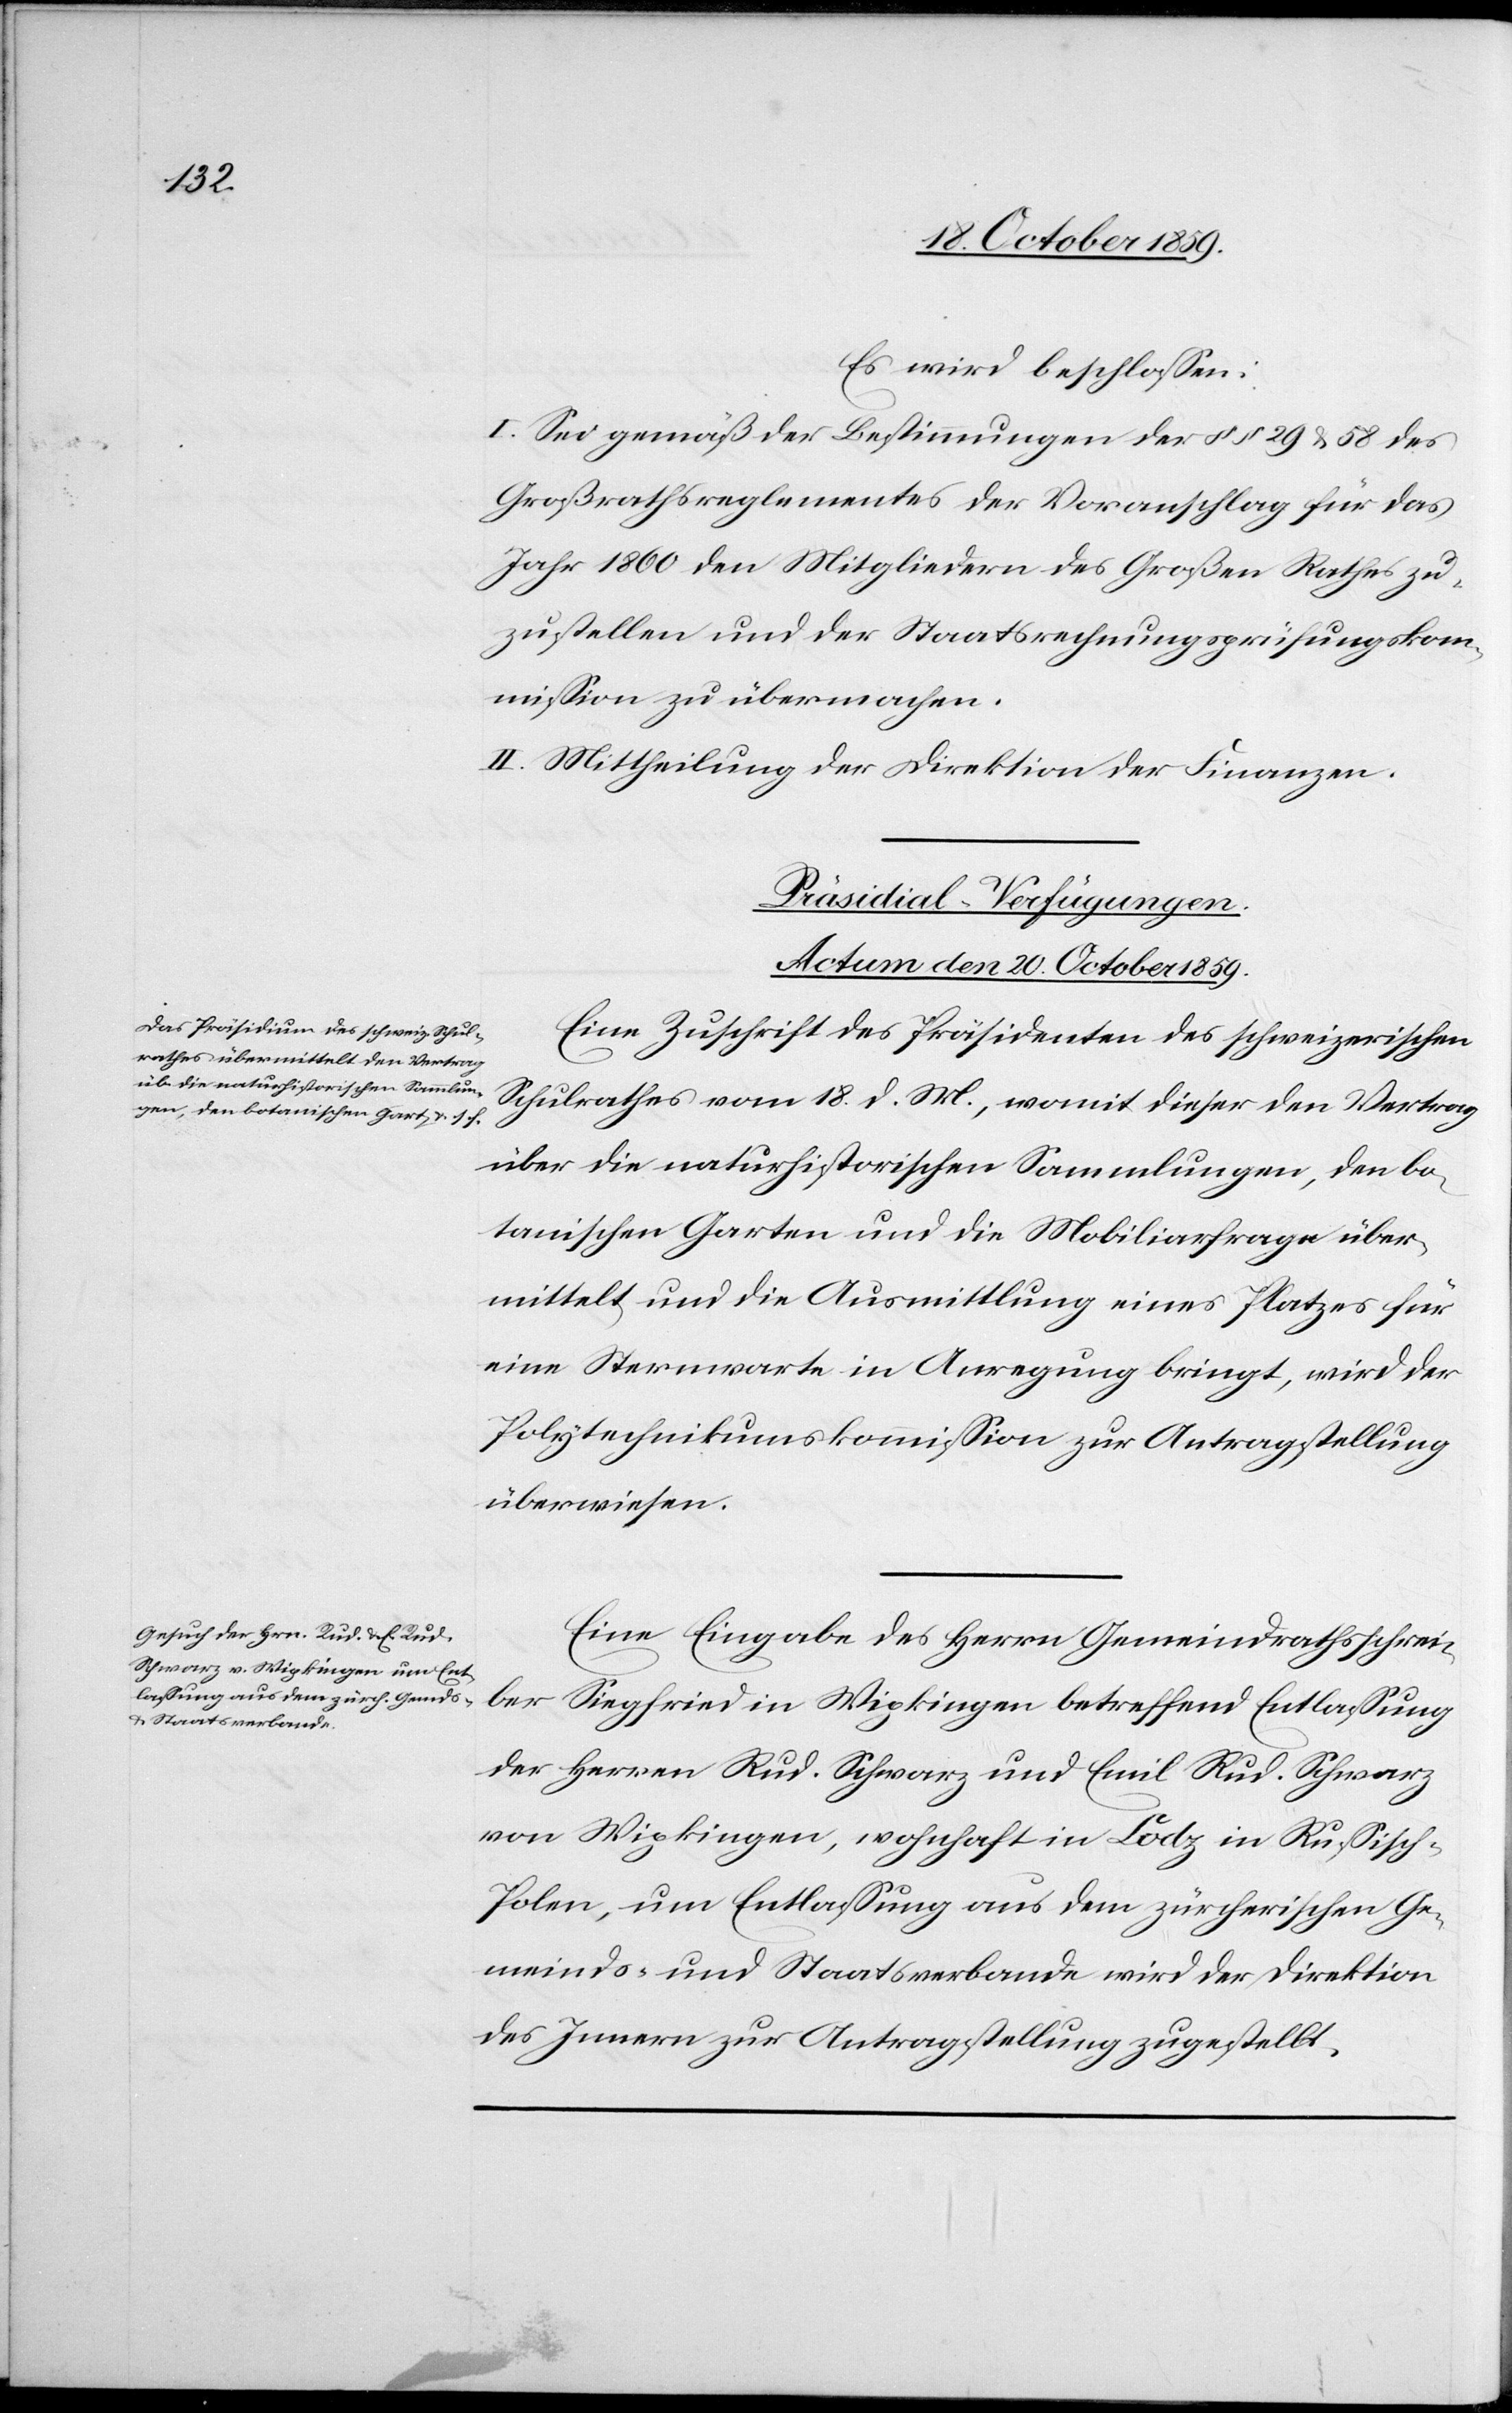
Es wird beschlossen:
I. Sei gemäß der Bestimmungen der §§ 29 & 58 des
Großrathsreglements der Voranschlag für das
Jahr 1860 den Mitgliedern des Großen Rathes zu¬
zustellen und der Staatsrechnungsprüfungskom¬
mission zu übermachen.
II. Mittheilung der Direktion der Finanzen.
[Präsidial-Verfügungen.
Actum den 20. October 1859.]
Eine Zuschrift des Präsidenten des schweizerischen
Schulrathes vom 18. d. M., womit dieser den Vertrag
über die naturhistorischen Sammlungen, den bo¬
tanischen Garten und die Mobiliarfrage über¬
mittelt und die Ausmittlung eines Platzes für
eine Sternwarte in Anregung bringt, wird der
Polytechnikumskommission zur Antragstellung
überwiesen.
Eine Eingabe des Herrn Gemeindrathsschrei¬
ber
Siegfried in Wipkingen betreffend Entlassung
der Herren Rud. Schwarz und Emil Rud. Schwarz
von Wipkingen, wohnhaft in Lodz in Russisch-P¬
olen, um Entlassung aus dem zürcherischen Ge¬
meinds- und Staatsverbande wird der Direktion
des Innern zur Antragstellung zugestellt.